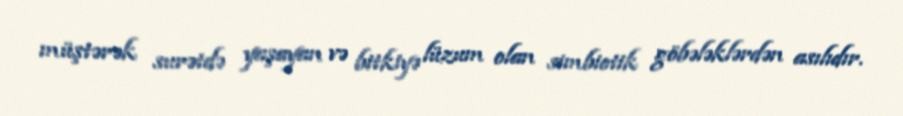
müştərək surətdə yaşayan və bitkiyə lüzum olan simbiotik göbələklərdən asılıdır.